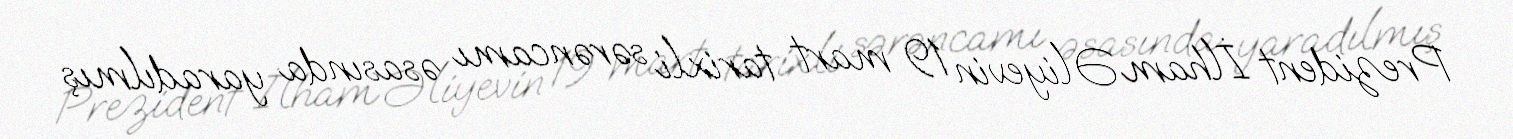
Prezident İlham Əliyevin 19 mart tarixli sərəncamı əsasında yaradılmış